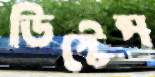
ডিস্টেন্স